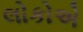
લોકોએ